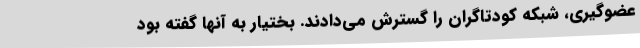
عضوگیری، شبکه کودتاگران را گسترش می‌دادند. بختیار به آنها گفته بود